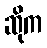
ဆိုက